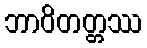
ဘာဝိတတ္တဿ